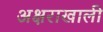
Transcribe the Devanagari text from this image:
अक्षराखाली